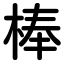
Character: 棒